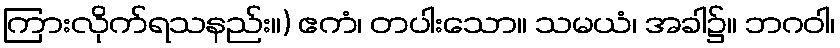
ကြားလိုက်ရသနည်း။) ဧကံ၊ တပါးသော။ သမယံ၊ အခါ၌။ ဘဂဝါ၊